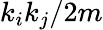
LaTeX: k_{i}k_{j}/2m